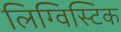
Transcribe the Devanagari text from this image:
लिग्विस्टिक